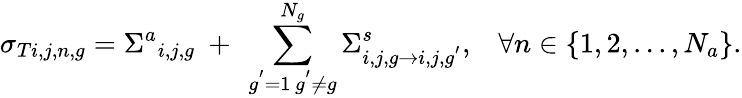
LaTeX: \sigma_{Ti,j,n,g}={\Sigma^{a}}_{i,j,g}\ +\ \sum_{\substack{g^{'}=1\, g^{'}\neq g}}^{N_{g}}\Sigma_{i,j,g\rightarrow i,j,g^{'}}^{s},\; \; \; \forall n\in\{ 1,2,...,N_{a}\} .